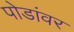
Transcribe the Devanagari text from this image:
पोडांवर